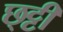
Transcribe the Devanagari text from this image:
छ्ट्टी